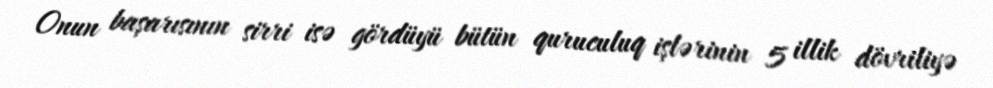
Onun başarısının sirri isə gördüyü bütün quruculuq işlərinin 5 illik dövriliyə